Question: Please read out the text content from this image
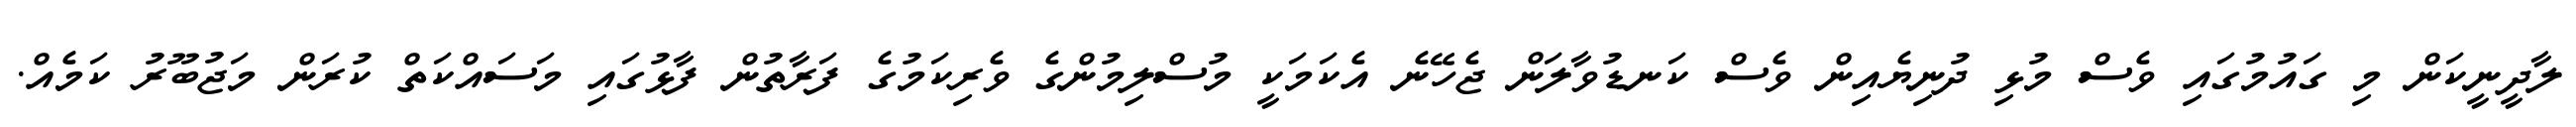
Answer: ލާދީނީކަން މި ގައުމުގައި ވެސް މުޅި ދުނިޔެއިން ވެސް ކަނޑުވާލަން ޖެހޭނެ އެކަމަކީ މުސްލިމުންގެ ވެރިކަމުގެ ފަރާތުން ފާޅުގައި މަސައްކަތް ކުރަން މަޖުބޫރު ކަމެއް.